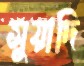
সুয়াদি